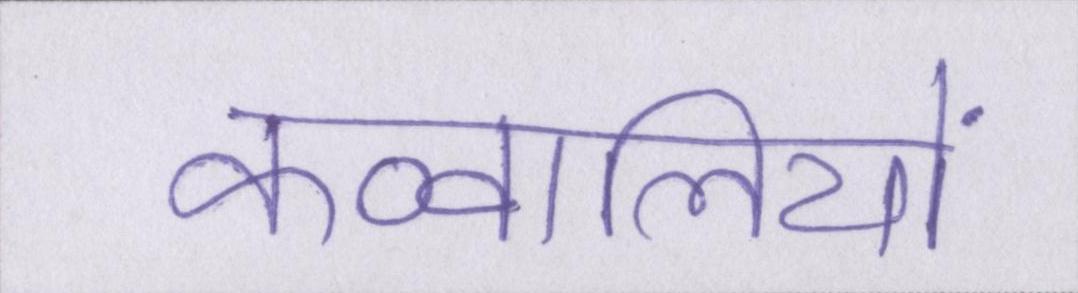
कव्वालियों